Civil Veterinary Department Bengal reports 1933-51 - 1933-1951
Year: 1933
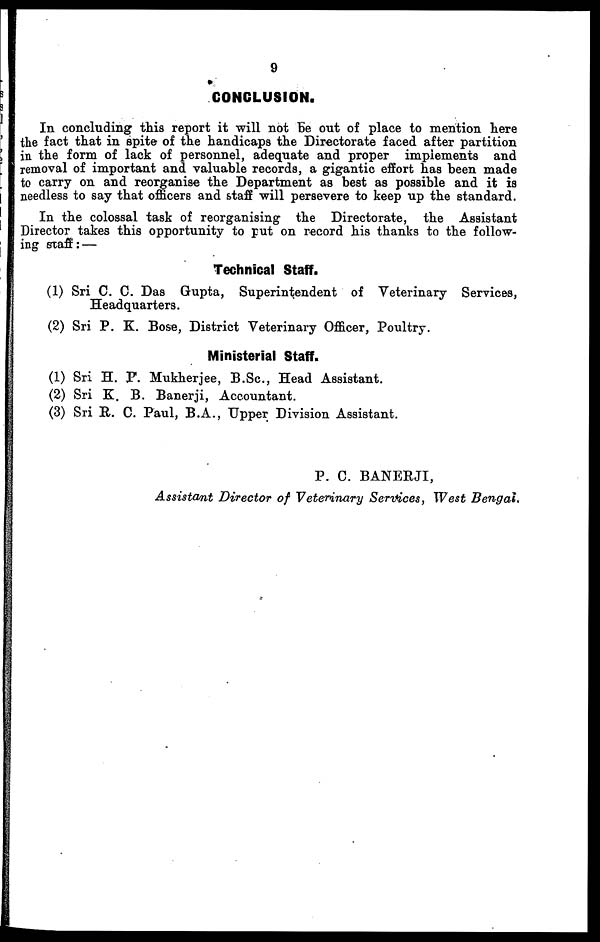
9
CONCLUSION.
In concluding this report it will not be out of place to mention here
the fact that in spite of the handicaps the Directorate faced after partition
in the form of lack of personnel, adequate and proper implements and
removal of important and valuable records, a gigantic effort has been made
to carry on and reorganise the Department as best as possible and it is
needless to say that officers and staff will persevere to keep up the standard.
In the colossal task of reorganising the Directorate, the Assistant
Director takes this opportunity to put on record his thanks to the follow-
ing staff :—
Technical Staff.
(1) Sri C. C. Das Gupta, Superintendent of Veterinary Services,
Headquarters.
(2) Sri P. K. Bose, District Veterinary Officer, Poultry.
Ministerial Staff.
(1) Sri H. P. Mukherjee, B.Sc., Head Assistant.
(2) Sri K. B. Banerji, Accountant.
(3) Sri R. C. Paul, B.A., Upper Division Assistant.
P. C. BANERJI,
Assistant Director of Veterinary Services, West Bengal.